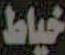
خياط